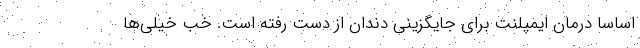
اساسا درمان ایمپلنت برای جایگزینی دندان از دست رفته است. خب خیلی‌ها